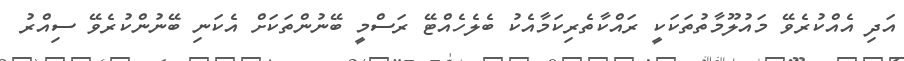
އަދި އެއްކުރެވޭ މައުލޫމާތުތަކަކީ ރައްކާތެރިކަމާއެކު ބެލެހެއްޓޭ ރަސްމީ ބޭނުންތަކަށް އެކަނި ބޭނުންކުރެވޭ ސިއްރު